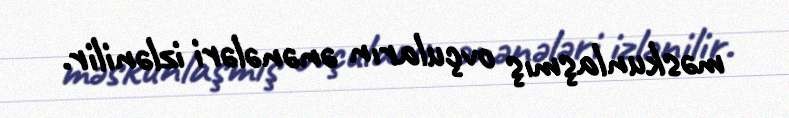
məskunlaşmış ovçuların ənənələri izlənilir.